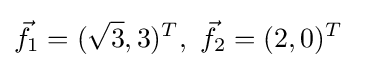
{\vec {f}}_{1}=({\sqrt {3}},3)^{T},\ {\vec {f}}_{2}=(2,0)^{T}\